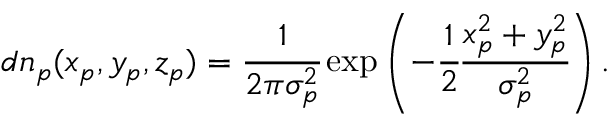
d n _ { p } ( x _ { p } , y _ { p } , z _ { p } ) = \cfrac { 1 } { 2 \pi \sigma _ { p } ^ { 2 } } \exp \left( - \cfrac { 1 } { 2 } \cfrac { x _ { p } ^ { 2 } + y _ { p } ^ { 2 } } { \sigma _ { p } ^ { 2 } } \right) .